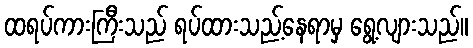
ထရပ်ကားကြီးသည် ရပ်ထားသည့်နေရာမှ ရွေ့လျားသည်။